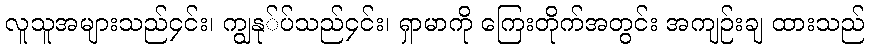
လူသူအများသည်၄င်း၊ ကျွနု်ပ်သည်၄င်း၊ ရှာမာကို ကြေးတိုက်အတွင်း အကျဉ်းချ ထားသည်